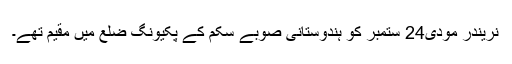
نریندر مودی24 ستمبر کو ہندوستانی صوبے سکم کے پکیونگ ضلع میں مقیم تھے۔